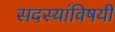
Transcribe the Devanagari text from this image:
सदस्यांविषयी